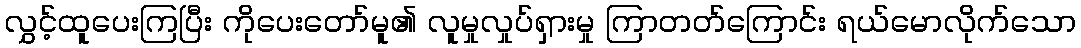
လွှင့်ထူပေးကြပြီး ကိုပေးတော်မူ၏ လူမှုလှုပ်ရှားမှု ကြာတတ်ကြောင်း ရယ်မောလိုက်သော